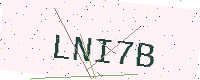
Text: LNI7B